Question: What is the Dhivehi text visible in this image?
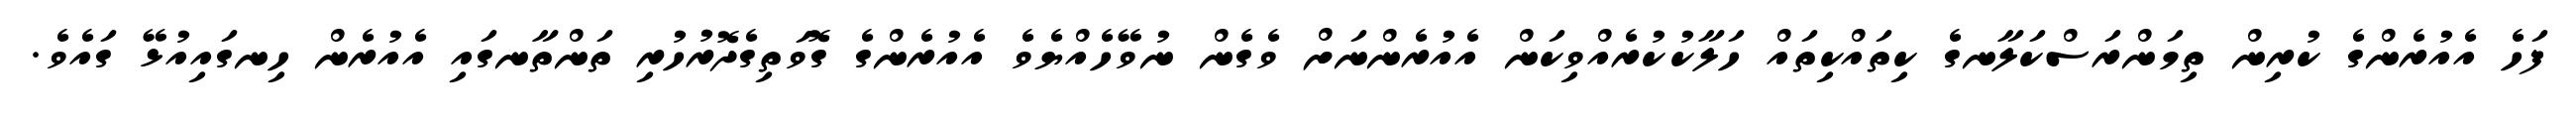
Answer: ފަހެ އެއުރެންގެ ކުރިން ތިމަންރަސްކަލާނގެ ކިތައްކިތައް ހަލާކުކުރެއްވިކަން އެއުރެންނަށް ވެގެން ނުވޭހެއްޔެވެ އެއުރެންގެ ގޮވަތިގެދޮރުހުރި ތަންތާނގައި އެއުރެން ހިނގައިއުޅޭ ގައެވެ.